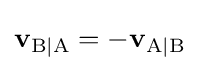
\mathbf {v} _{\mathrm {B|A} }=-\mathbf {v} _{\mathrm {A|B} }